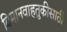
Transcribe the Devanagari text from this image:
विमानवाहतुकीसाठी